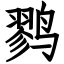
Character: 鹨